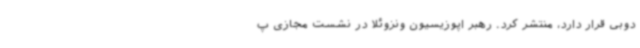
دوبی قرار دارد، منتشر کرد. رهبر اپوزیسیون ونزوئلا در نشست مجازی پ